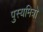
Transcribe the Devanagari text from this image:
पुस्यमित्रो